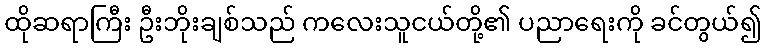
ထိုဆရာကြီး ဦးဘိုးချစ်သည် ကလေးသူငယ်တို့၏ ပညာရေးကို ခင်တွယ်၍